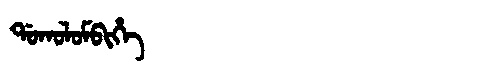
Manchu: ᡩᠣᡴᠣᠯᠣᠮᠪᡳᡥᡝ
Romanization: DOKOLOMBIHE